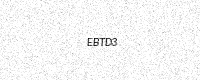
Text: EBTD3